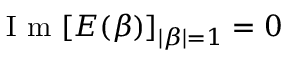
\mathrm { ~ I ~ m ~ } [ E ( \beta ) ] _ { | \beta | = 1 } = 0